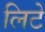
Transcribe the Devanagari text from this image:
लिटे